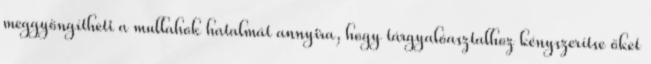
meggyöngítheti a mullahok hatalmát annyira, hogy tárgyalóasztalhoz kényszerítse őket